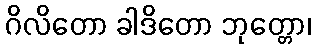
ဂိလိတော ခါဒိတော ဘုတ္တော၊